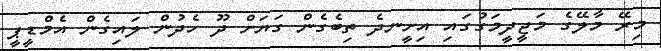
މިރޭ މާލޭގެ މަޖީދީމަގުގައި އިށީނދެ ތިބެގެން ގަަޔަށް ދޫ ހެދުން ލައިގެން އެމްޑީޕީ